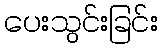
ပေးသွင်းခြင်း